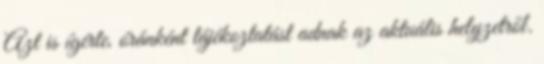
Azt is ígérte, óránként tájékoztatást adnak az aktuális helyzetről.